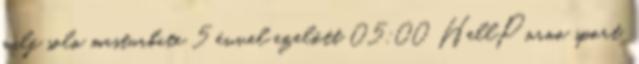
milf solo masturbate 5 évvel ezelőtt 05:00 HellPorno sport,